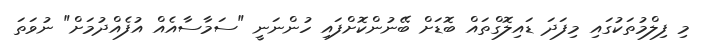
މި ފިލްމުތަކުގައި މިފަދަ ޑައިލޮގްތައް ބޮޑަށް ބޭނުންކޮށްފައި ހުންނަނީ "ސަމާސާއެއް އުފެއްދުމަށް" ނުވަތަ